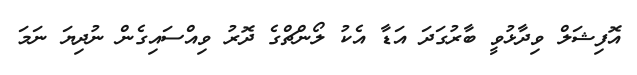
އޮފިޝަލް ވިދާޅުވީ ބާރުގަދަ އަޑާ އެކު ލޯންޗްގެ ދޮރު ވިއްސައިގެން ނުދިޔަ ނަމަ